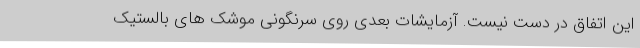
این اتفاق در دست نیست. آزمایشات بعدی روی سرنگونی موشک های بالستیک